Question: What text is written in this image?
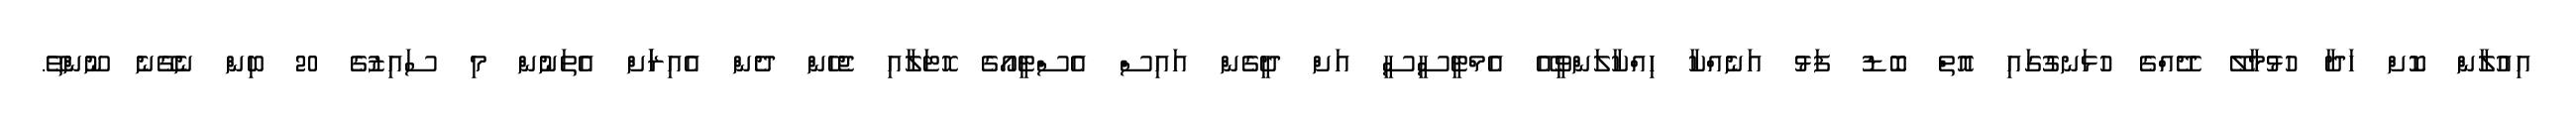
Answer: އިއުލާން ކޮށް ހަދާ ހުޅުމާލޭ ދޭއްގެ ހުޅަނގުގައި އޮތް ބޮޑު ފަޅު އަނެއްކާ ހިއްކާލަންވީއޭ އެމްޓީސީސީ އަށް ދީގެން އައިސް އެސްޓީއޯގެ ހޮޓަލާއި ޖެހެން ދެން އެއިރަަށް އެތަނުން މި ސައިޒުގެ 20 ބިން ނެގޭނެ ނޫންތޭ.